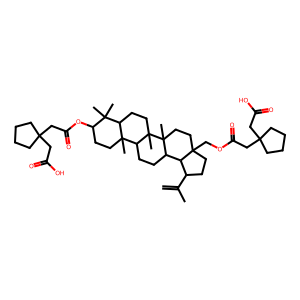
SMILES: C=C(C)C1CCC2(COC(=O)CC3(CC(=O)O)CCCC3)CCC3(C)C(CCC4C5(C)CCC(OC(=O)CC6(CC(=O)O)CCCC6)C(C)(C)C5CCC43C)C12
Inhibits HIV replication: No